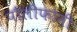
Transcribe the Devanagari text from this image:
पौलीफोनी